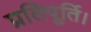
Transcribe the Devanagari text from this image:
प्रतिपूर्ति।